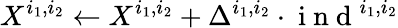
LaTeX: X^{i_{1},i_{2}}\gets X^{i_{1},i_{2}}+\Delta^{i_{1},i_{2}}\cdot\mathrm{~i~n~d~}^{i_{1},i_{2}}